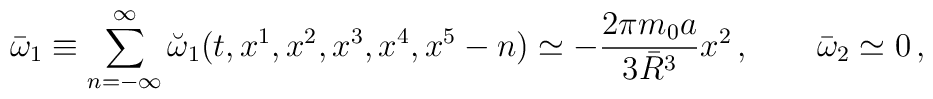
\bar{\omega}_{1} \equiv \sum_{n=-\infty}^{\infty}\breve{\omega}_{1}(t,x^1,x^2,x^3,x^4,x^5-n) \simeq - {2 \pi m_0 a\over 3\bar{R}^3} x^2\, , \qquad\bar{\omega}_2 \simeq 0 \, ,